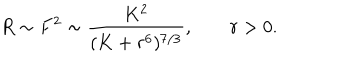
R \sim F ^ { 2 } \sim \frac { K ^ { 2 } } { ( K + r ^ { 6 } ) ^ { 7 / 3 } } , \; r > 0 .